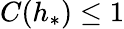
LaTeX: C(h_{*})\leq 1